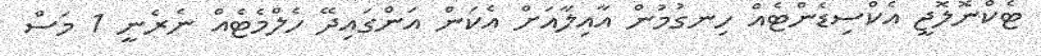
ޓެކްނޮލޮޖީ އެކްސިޑެންޓެއް ހިނގުމުން އާއިލާއަށް އެކަން އަންގައިދޭ ހެލްމެޓެއް ނެރެނީ 1 މަސް